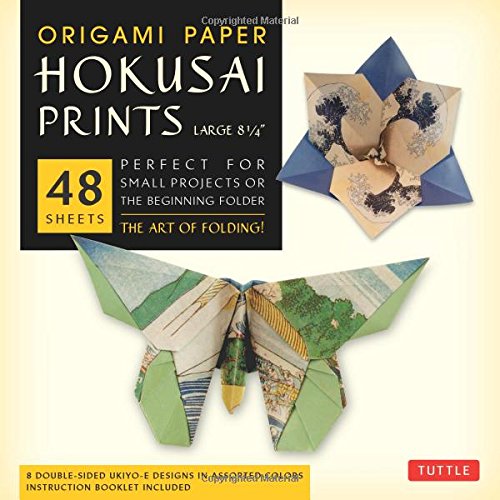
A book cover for Origami Paper - Hokusai Prints - Large 8 1/4" - 48 Sheets: (Tuttle Origami Paper); Arts & Photography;